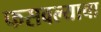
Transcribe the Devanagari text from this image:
फसवल्याचा